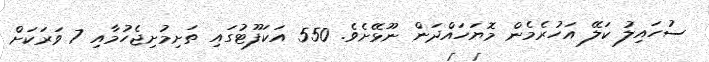
ސުހައިލު ކަލޭ އަހުރެމެން މޮޔަހައްދަން ނޫޅޭށެވެ. 550 އަކަފޫޓުގައި ތަށިމުށިޖެހުމާއި 7 ވަރަކަށް